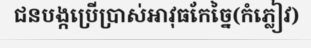
ជនបង្កប្រើប្រាស់អាវុធកែច្នៃ(កំភ្លៀវ)